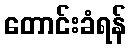
တောင်းခံရန်